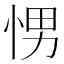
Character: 𭜽